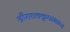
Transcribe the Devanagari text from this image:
श्रीराघवकृपाभाष्य